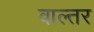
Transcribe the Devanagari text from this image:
वाल्तर